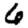
Digit: 6